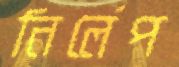
নির্লেপ